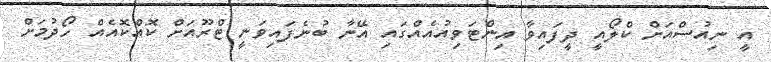
އީ ނިއުސްއަށް ކްލޯއީ ދީފައިވާ އިންޓަވިއުއެއްގައި އޭނާ ބުނެފައިވަނީ ޓްރޫއަށް ކޮއްކޮއެއް ހޯދުމަށް